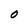
Character: O